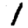
Digit: 1